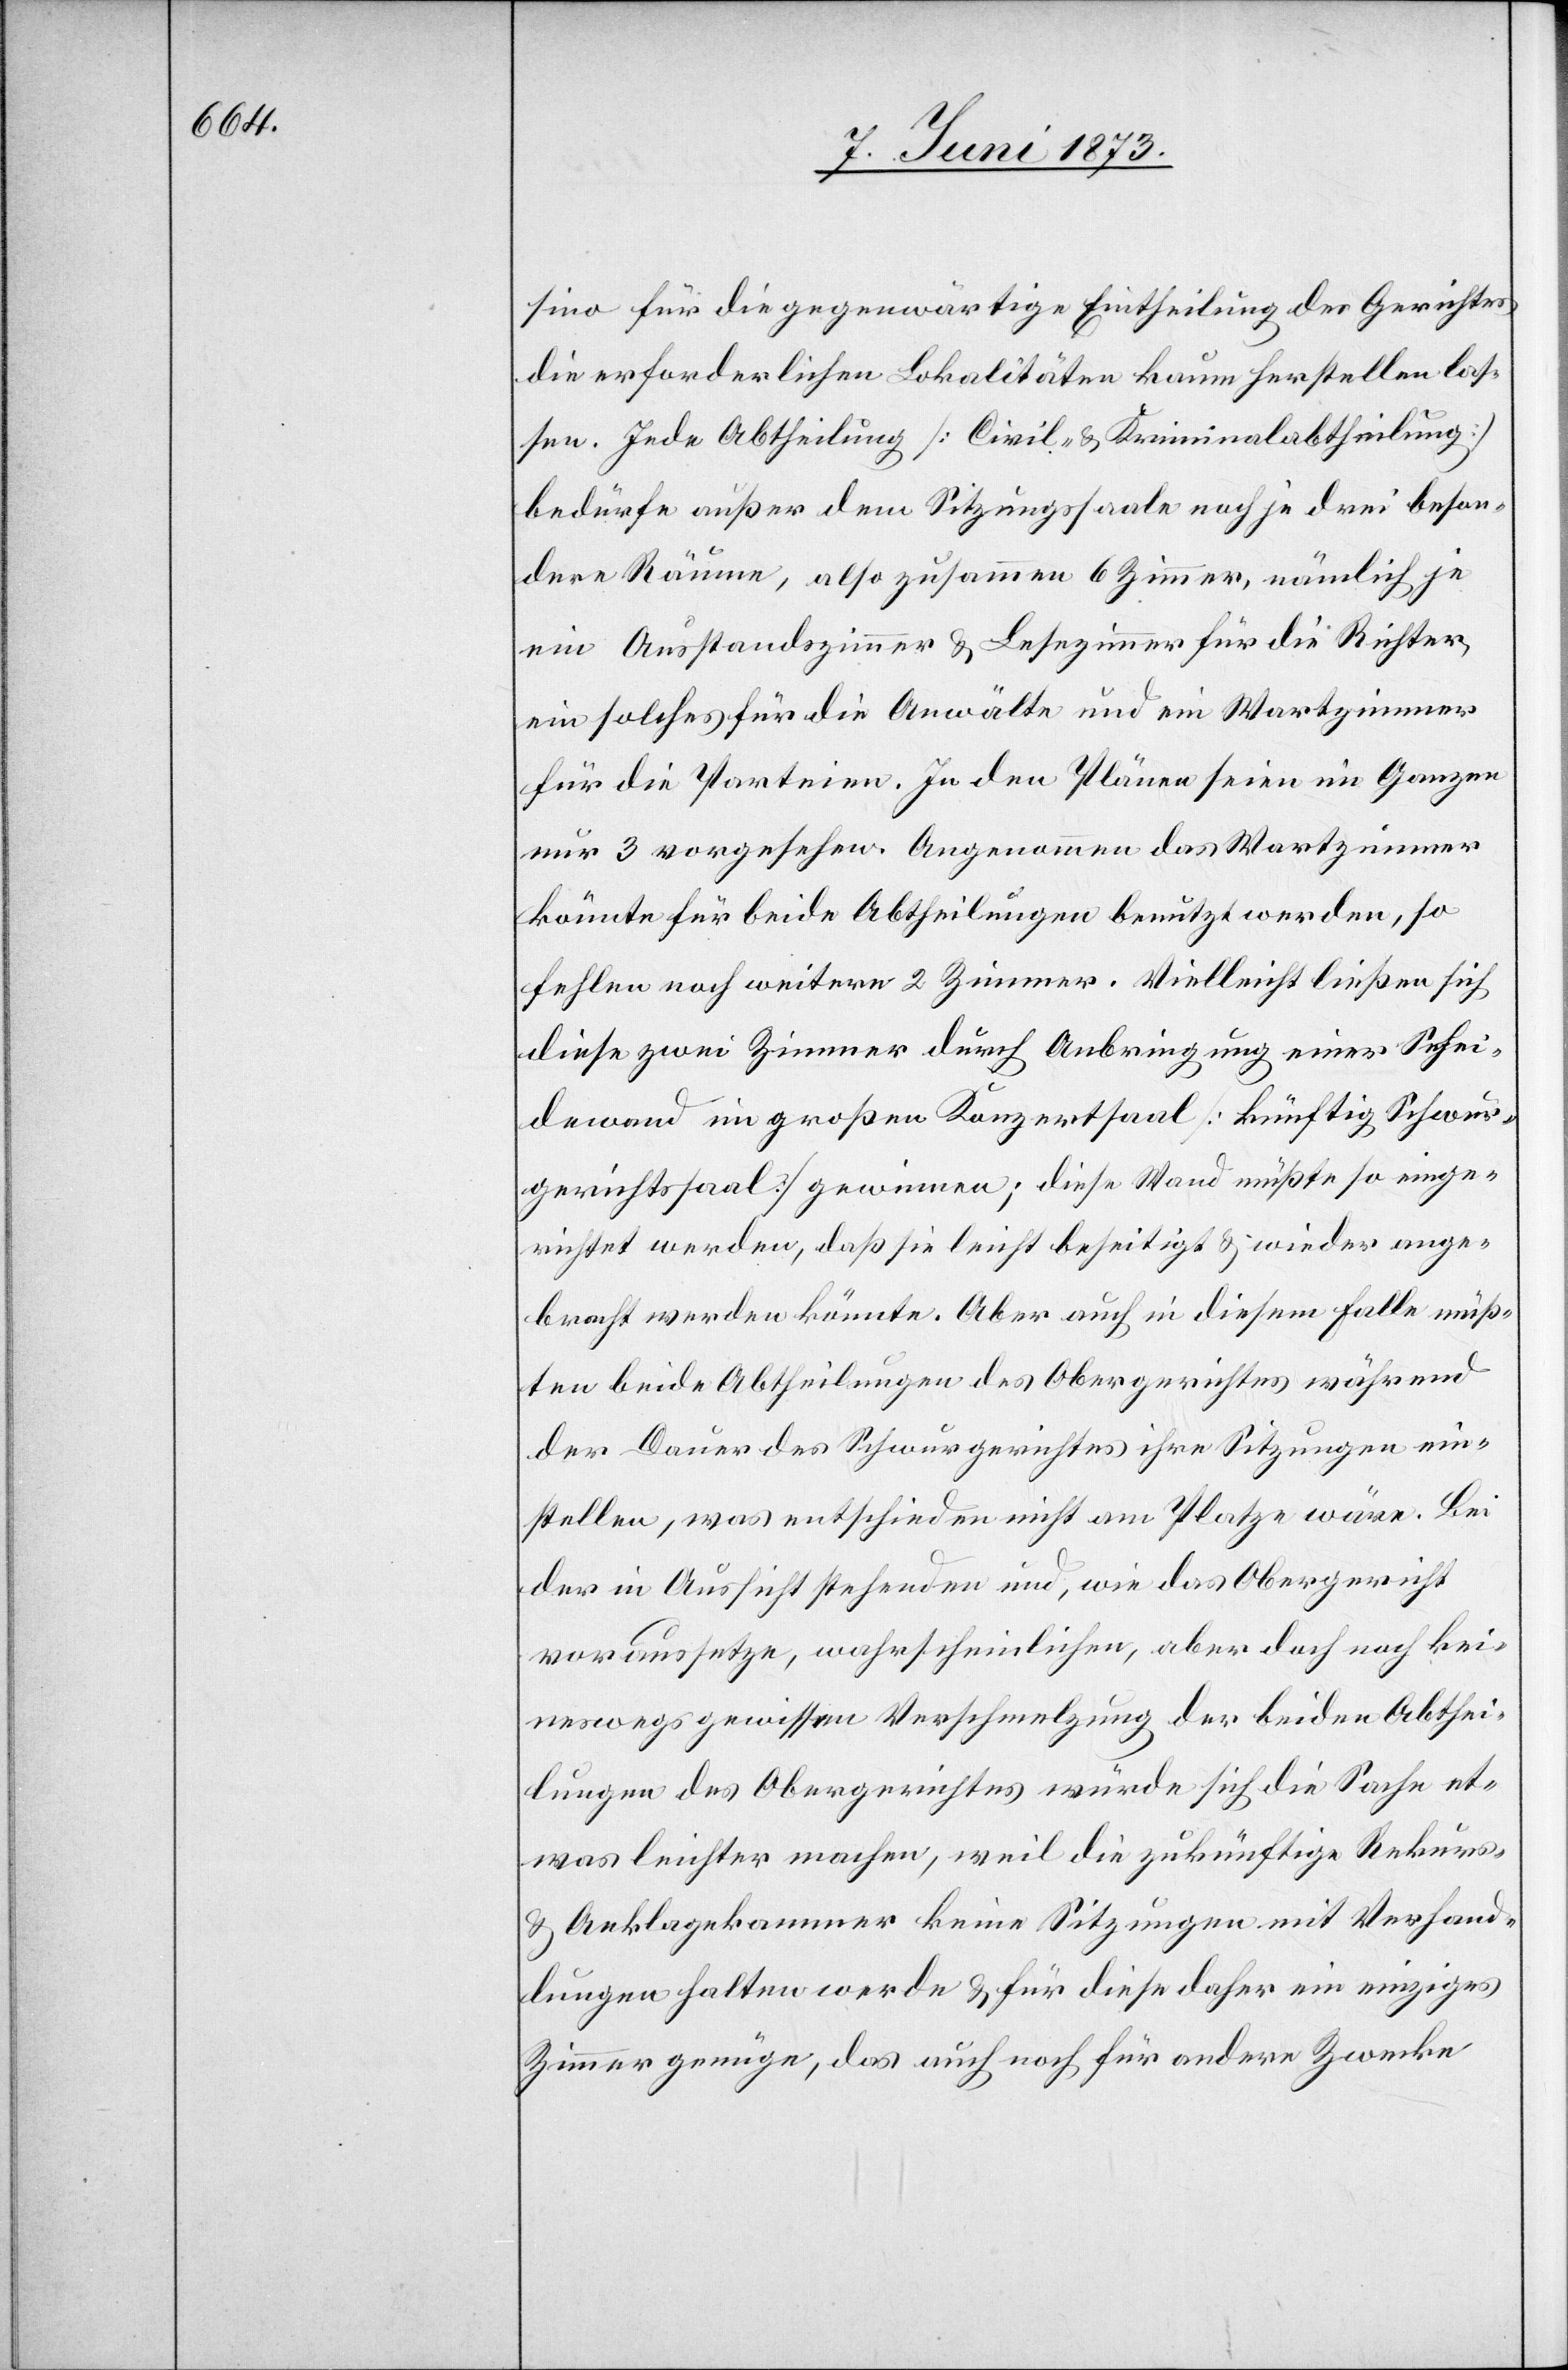
Schei¬

sino für die gegenwärtige Eintheilung des Gerichtes
die erforderlichen Lokalitäten kaum herstellen las¬
sen. Jede Abtheilung [Civil- & Kriminalabtheilung]
bedürfe außer dem Sitzungssaale noch je drei beson¬
dere Räume, also zusammen 6 Zimmer, nämlich je
ein Ausstandszimmer & Lesezimmer für die Richter,
ein solches für die Anwälte und ein Wartzimmer
für die Parteien. In den Plänen seien im Ganzen
nur 3 vorgesehen. Angenommen das Wartzimmer
könnte für beide Abtheilungen benutzt werden, so
fehlen noch weitere 2 Zimmer. Vielleicht ließen sich
diese zwei Zimmer durch Anbringung einer Sehei¬
dewand] im großen Konzertsaal [künftig Schwur¬
gerichtssaal] gewinnen; diese Wand müßte so einge¬
richtet werden, daß sie leicht beseitigt & wieder ange¬
bracht werden könnte. Aber auch in diesem Falle müß¬
ten beide Abtheilungen des Obergerichtes während
der Dauer des Schwurgerichtes ihre Sitzungen ein¬
stellen, was entschieden nicht am Platze wäre. Bei
der in Aussicht stehenden und, wie das Obergericht
voraussetze, wahrscheinlichen, aber doch noch kei¬
neswegs gewissen Verschmelzung der beiden Abthei¬
lungen des Obergerichtes würde sich die Sache et¬
was leichter machen, weil die zukünftige Rekurs-
& Anklagekammer keine Sitzungen mit Verhand¬
lungen halten werde & für diese daher ein einziges
Zimmer genügen, das auch noch für andere Zwecke